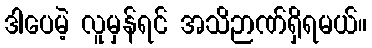
ဒါပေမဲ့ လူမှန်ရင် အသိဉာဏ်ရှိရမယ်။